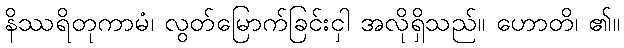
နိဿရိတုကာမံ၊ လွတ်မြောက်ခြင်းငှါ အလိုရှိသည်။ ဟောတိ၊ ၏။